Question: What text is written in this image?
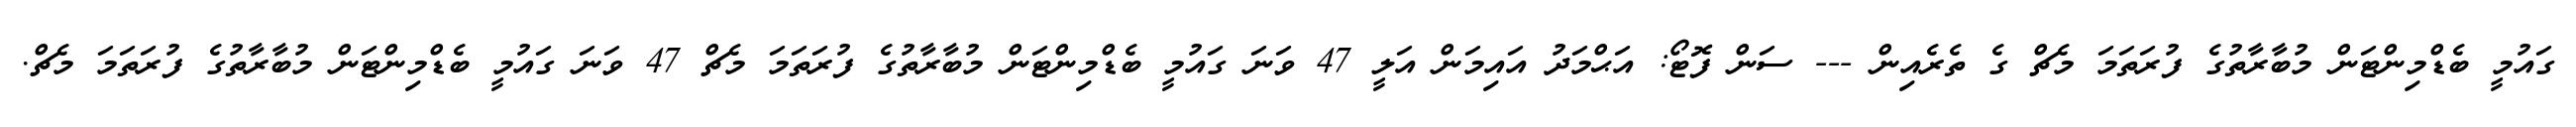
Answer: ގައުމީ ބެޑްމިންޓަން މުބާރާތުގެ ފުރަތަމަ މެޗް ގެ ތެރެއިން --- ސަން ފޮޓޯ: އަޙްމަދު އައިމަން އަލީ 47 ވަނަ ގައުމީ ބެޑްމިންޓަން މުބާރާތުގެ ފުރަތަމަ މެޗް 47 ވަނަ ގައުމީ ބެޑްމިންޓަން މުބާރާތުގެ ފުރަތަމަ މެޗް.